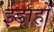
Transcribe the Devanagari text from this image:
ईडाहो